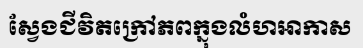
ស្វែងជីវិតក្រៅភពក្នុងលំហអាកាស